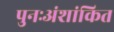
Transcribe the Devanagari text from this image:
पुनःअंशांकित